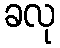
ခလု